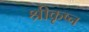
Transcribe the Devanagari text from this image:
श्रीकृष्न